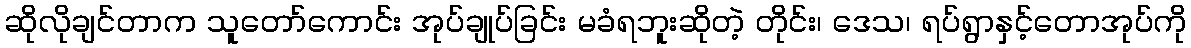
ဆိုလိုချင်တာက သူတော်ကောင်း အုပ်ချုပ်ခြင်း မခံရဘူးဆိုတဲ့ တိုင်း၊ ဒေသ၊ ရပ်ရွာနှင့်တောအုပ်ကို